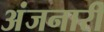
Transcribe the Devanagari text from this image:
अंजनारी